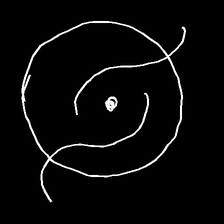
Glyph: repetition